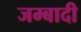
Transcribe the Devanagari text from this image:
जम्बादी